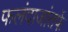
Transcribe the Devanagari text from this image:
फलंदाजांतर्फे